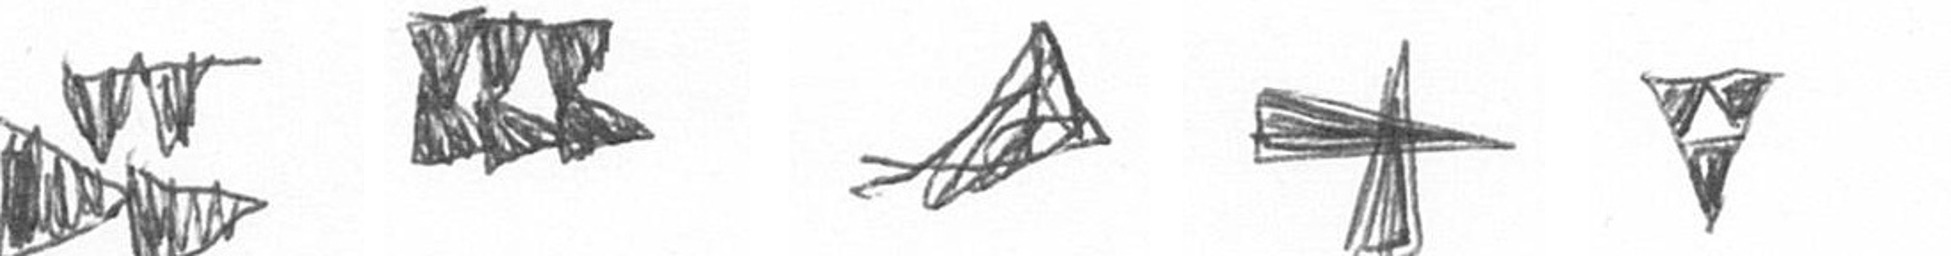
B D O G S